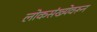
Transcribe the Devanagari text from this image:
लोकसंख्येवरून